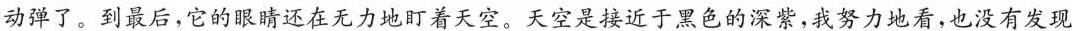
动弹了。到最后，它的眼睛还在无力地盯着天空。天空是接近于黑色的深紫，我努力地看，也没有发现